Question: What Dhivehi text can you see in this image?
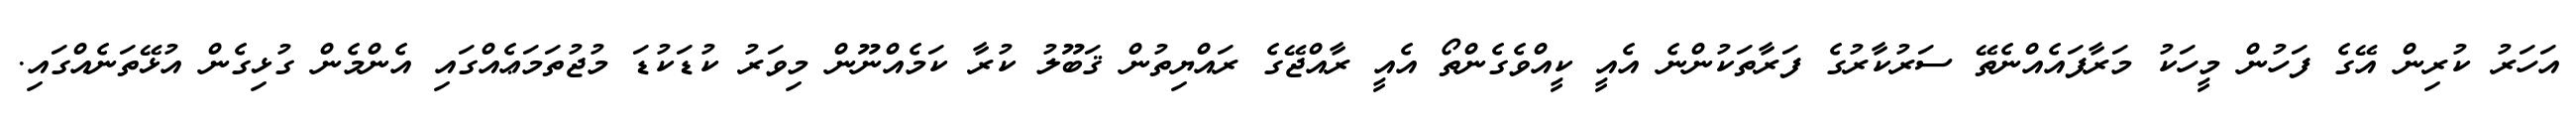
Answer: އަހަރު ކުރިން އޭގެ ފަހުން މީހަކު މަރާފައެއްނެތޭ ސަރުކާރުގެ ފަރާތަކުންނެ އެއީ ކީއްވެގެންތޯ އެއީ ރާއްޖޭގެ ރައްޔިތުން ޤަބޫލު ކުރާ ކަމެއްނޫން މިވަރު ކުޑަކުޑަ މުޖުތަމަޢެއްގައި އެންމެން ގުޅިގެން އުޅޭތަނެއްގައި.